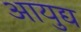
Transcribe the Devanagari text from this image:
आयुद्य